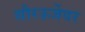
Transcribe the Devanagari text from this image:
सौरऊर्जेवर